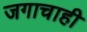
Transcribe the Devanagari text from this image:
जगाचाही